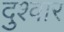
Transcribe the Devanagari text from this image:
दुश्‍वार